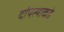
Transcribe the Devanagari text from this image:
दांपत्याकडे